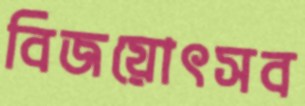
বিজয়োৎসব